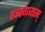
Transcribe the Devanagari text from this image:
पञ्चगव्यम्